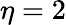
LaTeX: \eta=2